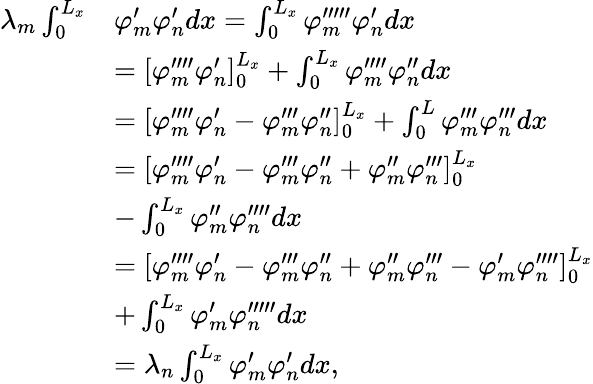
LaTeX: \begin{array}{rl}{\lambda_{m}\int_{0}^{L_{x}}}&{\varphi_{m}^{\prime}\varphi_{n}^{\prime}dx=\int_{0}^{L_{x}}\varphi_{m}^{\prime\prime\prime\prime\prime}\varphi_{n}^{\prime}dx}\\ &{=[\varphi_{m}^{\prime\prime\prime\prime}\varphi_{n}^{\prime}]_{0}^{L_{x}}+\int_{0}^{L_{x}}\varphi_{m}^{\prime\prime\prime\prime}\varphi_{n}^{\prime\prime}dx}\\ &{=[\varphi_{m}^{\prime\prime\prime\prime}\varphi_{n}^{\prime}-\varphi_{m}^{\prime\prime\prime}\varphi_{n}^{\prime\prime}]_{0}^{L_{x}}+\int_{0}^{L}\varphi_{m}^{\prime\prime\prime}\varphi_{n}^{\prime\prime\prime}dx}\\ &{=[\varphi_{m}^{\prime\prime\prime\prime}\varphi_{n}^{\prime}-\varphi_{m}^{\prime\prime\prime}\varphi_{n}^{\prime\prime}+\varphi_{m}^{\prime\prime}\varphi_{n}^{\prime\prime\prime}]_{0}^{L_{x}}}\\ &{-\int_{0}^{L_{x}}\varphi_{m}^{\prime\prime}\varphi_{n}^{\prime\prime\prime\prime}dx}\\ &{=[\varphi_{m}^{\prime\prime\prime\prime}\varphi_{n}^{\prime}-\varphi_{m}^{\prime\prime\prime}\varphi_{n}^{\prime\prime}+\varphi_{m}^{\prime\prime}\varphi_{n}^{\prime\prime\prime}-\varphi_{m}^{\prime}\varphi_{n}^{\prime\prime\prime\prime}]_{0}^{L_{x}}}\\ &{+\int_{0}^{L_{x}}\varphi_{m}^{\prime}\varphi_{n}^{\prime\prime\prime\prime\prime}dx}\\ &{=\lambda_{n}\int_{0}^{L_{x}}\varphi_{m}^{\prime}\varphi_{n}^{\prime}dx,}\end{array}